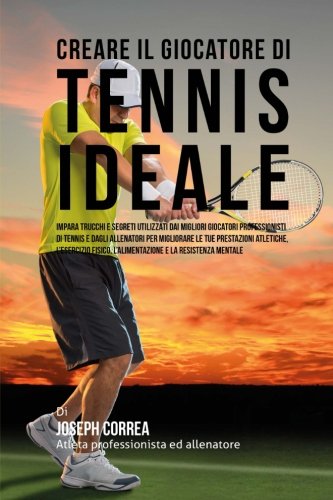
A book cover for Creare il Giocatore Di Tennis Ideale: Impara Trucchi E Segreti Utilizzati Dai Migliori Giocatori Professionisti Di Tennis E Dagli Allenatori Per ... E La Resistenza Mentale (Italian Edition); Joseph Correa (Atleta Professionista Ed Allenatore); Sports & Outdoors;